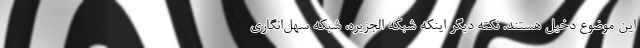
این موضوع دخیل هستند. نکته دیگر اینکه شبکه الجزیره، شبکه سهل‌انگاری